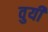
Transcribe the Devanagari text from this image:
वुयी